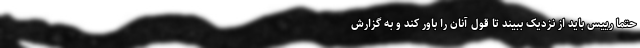
حتماً رییس باید از نزدیک ببیند تا قول آنان را باور کند و به گزارش